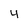
Character: 4